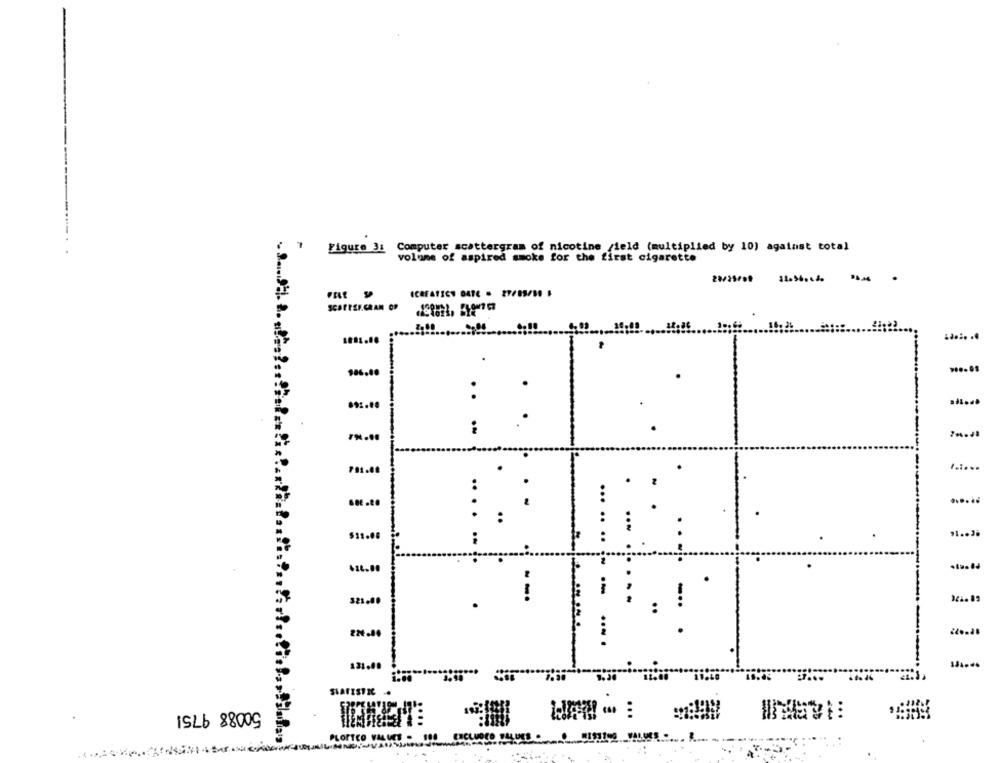
Figure 3: Computer scattergram of nicotine /ield (multiplied by 10) against total
volume of aspired smoke for the first cigarette
SCAFATICY GATE . 27/05/50 6
..... ..
781.00
......
:
.....
$11.00
321.40
--.
224.80
131.00
SVAFISTIC
50088 9751
...
PLOPTEO VALU